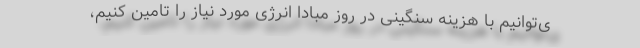
ی‌توانیم با هزینه سنگینی در روز مبادا انرژی مورد نیاز را تامین کنیم،